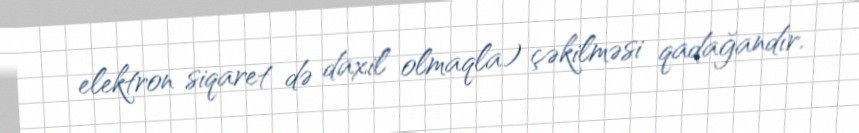
elektron siqaret də daxil olmaqla) çəkilməsi qadağandır.